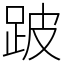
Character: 跛